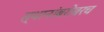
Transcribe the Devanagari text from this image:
स्थानांबरोबरच